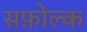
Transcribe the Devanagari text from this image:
सफ़ोल्क